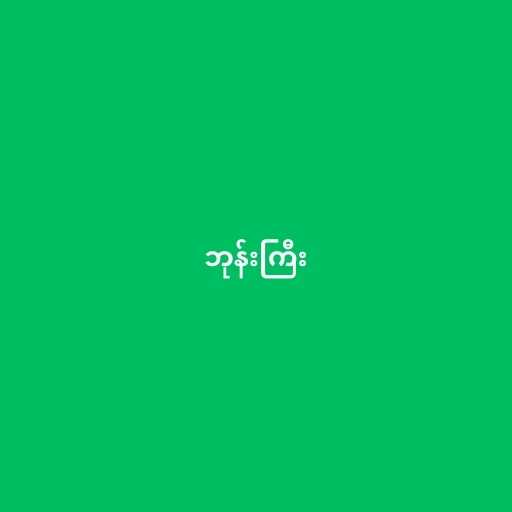
ဘုန်းကြီး